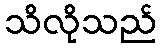
သိလိုသည်